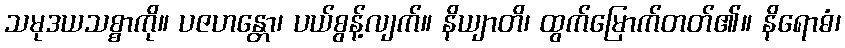
သမုဒယသစ္စာကို။ ပဇဟန္တော၊ ပယ်စွန့်လျက်။ နိယျာတိ၊ ထွက်မြောက်တတ်၏။ နိရောဓံ၊